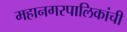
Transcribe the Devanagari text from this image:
महानगरपालिकांची